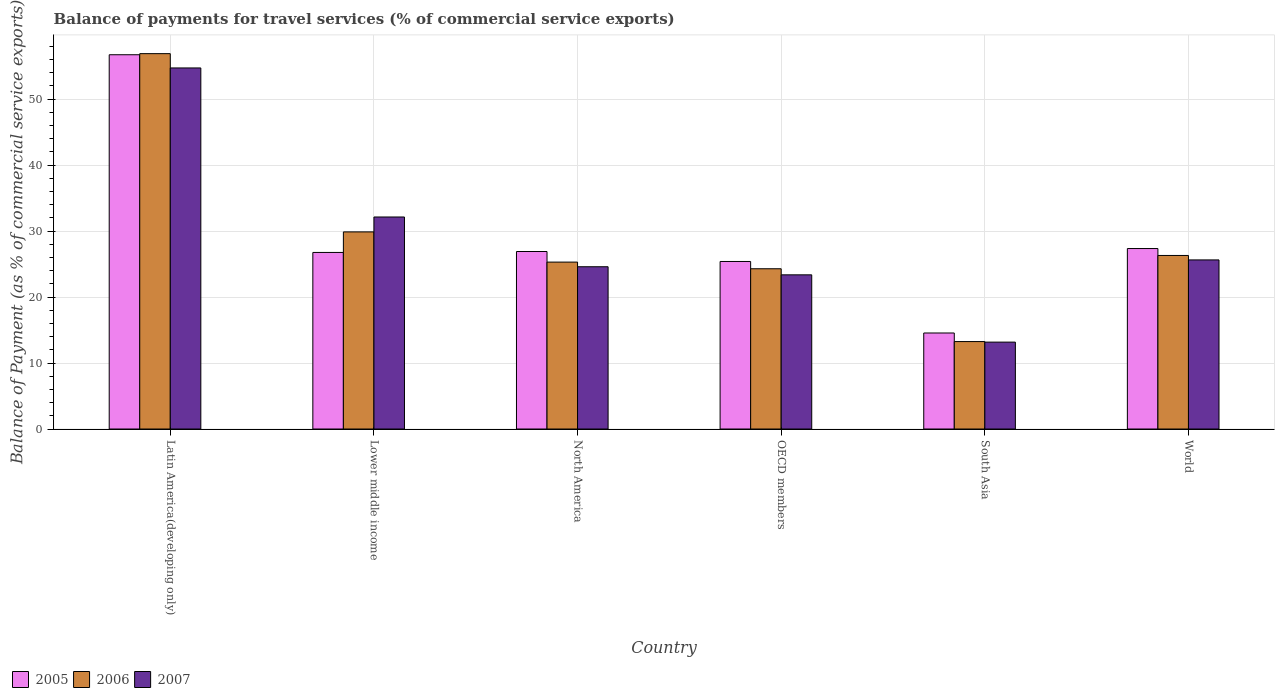
| Country | 2005 | 2006 | 2007 |
 | --- | --- | --- | --- |
 | Latin America(developing only) | 56.7 | 56.9 | 54.7 |
 | Lower middle income | 26.8 | 29.9 | 32.1 |
 | North America | 26.9 | 25.3 | 24.6 |
 | OECD members | 25.4 | 24.3 | 23.4 |
 | South Asia | 14.6 | 13.3 | 13.2 |
 | World | 27.4 | 26.3 | 25.6 |